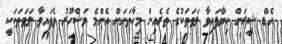
އެޑް ޝީރަން ކިޔާފައިވާ ލަވަތަކުގެ ތެރެއިން މިހާތަނަށް އެންމެ މަޝްހޫރު ވެފައިވާ ލަވަތަކަކީ